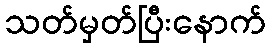
သတ်မှတ်ပြီးနောက်